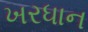
ખરધાન